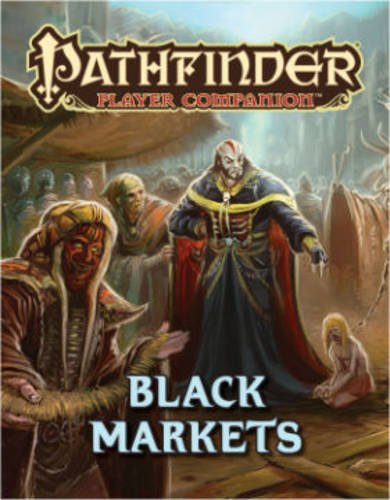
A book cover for Pathfinder Player Companion: Black Markets (Pathfinder Roleplaying Game); Science Fiction & Fantasy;